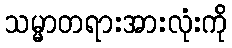
သမ္မာတရားအားလုံးကို